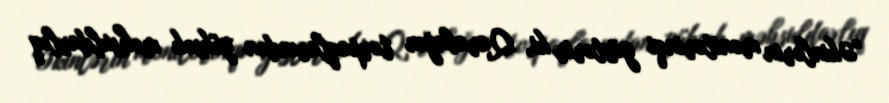
"Əkinlərin monitorinqi göstərir ki, Qarabağın torpaqlarından yüksək məhsuldarlıq